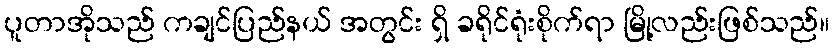
ပူတာအိုသည် ကချင်ပြည်နယ် အတွင်း ရှိ ခရိုင်ရုံးစိုက်ရာ မြို့လည်းဖြစ်သည်။